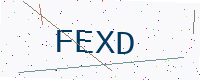
Text: FEXD